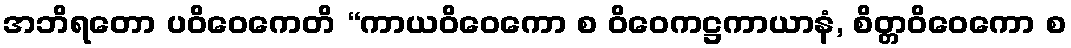
အဘိရတော ပဝိဝေကေတိ “ကာယဝိဝေကော စ ဝိဝေကဋ္ဌကာယာနံ, စိတ္တဝိဝေကော စ